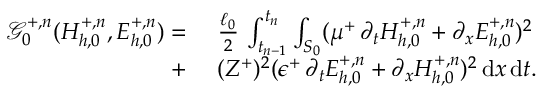
\begin{array} { r l } { \mathcal { G } _ { 0 } ^ { + , n } ( H _ { h , 0 } ^ { + , n } , E _ { h , 0 } ^ { + , n } ) = } & { \, \, \frac { \ell _ { 0 } } { 2 } \, \int _ { t _ { n - 1 } } ^ { t _ { n } } \int _ { S _ { 0 } } ( \mu ^ { + } \, \partial _ { t } H _ { h , 0 } ^ { + , n } + \partial _ { x } E _ { h , 0 } ^ { + , n } ) ^ { 2 } } \\ { + } & { \, \, ( Z ^ { + } ) ^ { 2 } ( \epsilon ^ { + } \, \partial _ { t } E _ { h , 0 } ^ { + , n } + \partial _ { x } H _ { h , 0 } ^ { + , n } ) ^ { 2 } \, \mathrm { d } x \, \mathrm { d } t . } \end{array}